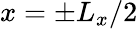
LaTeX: x=\pm L_{x}/2